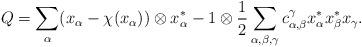
LaTeX: \begin{align*}Q=\sum_\alpha(x_\alpha-\chi(x_\alpha))\otimes x_\alpha^\ast-1\otimes \dfrac{1}{2}\sum_{\alpha,\beta,\gamma}c_{\alpha, \beta}^\gamma x_\alpha^\ast x_\beta^\ast x_\gamma.\end{align*}